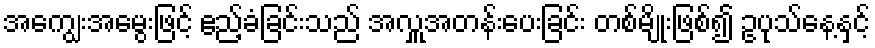
အကျွေးအမွေးဖြင့် ဧည့်ခံခြင်းသည် အလှူအတန်းပေးခြင်း တစ်မျိုးဖြစ်၍ ဥပုသ်နေ့နှင့်